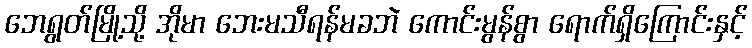
ဘေရွတ်မြို့သို့ အိုမာ ဘေးမသီရန်မခဘဲ ကောင်းမွန်စွာ ရောက်ရှိကြောင်းနှင့်